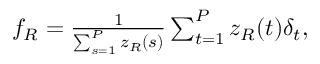
\begin{array} { r } { f _ { R } = \frac { 1 } { \sum _ { s = 1 } ^ { P } z _ { R } ( s ) } \sum _ { t = 1 } ^ { P } z _ { R } ( t ) \delta _ { t } , } \end{array}